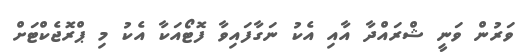
ވަރުން ވަނީ ޝްރައްދާ އާއި އެކު ނަގާފައިވާ ފޮޓޯއަކާ އެކު މި ޕްރޮޖެކްޓަށް